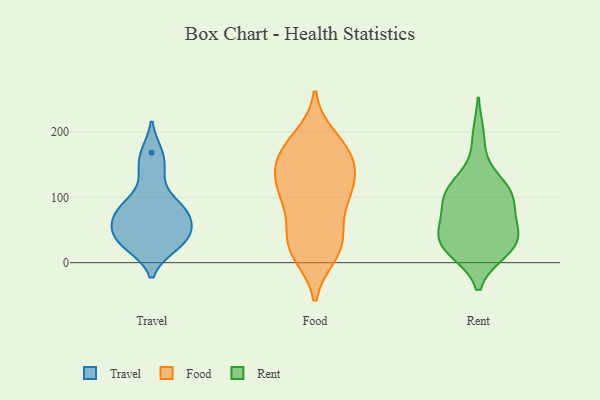
{"axis": {"x": "Active Users", "y": "Value"}, "legend": ["Food", "Rent", "Travel"], "data": [{"x": "", "y": 75, "type": "Travel"}, {"x": "", "y": 42, "type": "Travel"}, {"x": "", "y": 61, "type": "Travel"}, {"x": "", "y": 85, "type": "Travel"}, {"x": "", "y": 50, "type": "Travel"}, {"x": "", "y": 27, "type": "Travel"}, {"x": "", "y": 25, "type": "Travel"}, {"x": "", "y": 138, "type": "Travel"}, {"x": "", "y": 90, "type": "Travel"}, {"x": "", "y": 168, "type": "Travel"}, {"x": "", "y": 107, "type": "Food"}, {"x": "", "y": 89, "type": "Food"}, {"x": "", "y": 13, "type": "Food"}, {"x": "", "y": 114, "type": "Food"}, {"x": "", "y": 179, "type": "Food"}, {"x": "", "y": 57, "type": "Food"}, {"x": "", "y": 37, "type": "Food"}, {"x": "", "y": 164, "type": "Food"}, {"x": "", "y": 173, "type": "Food"}, {"x": "", "y": 92, "type": "Food"}, {"x": "", "y": 119, "type": "Food"}, {"x": "", "y": 136, "type": "Food"}, {"x": "", "y": 24, "type": "Food"}, {"x": "", "y": 191, "type": "Food"}, {"x": "", "y": 170, "type": "Food"}, {"x": "", "y": 138, "type": "Food"}, {"x": "", "y": 141, "type": "Food"}, {"x": "", "y": 16, "type": "Food"}, {"x": "", "y": 27, "type": "Food"}, {"x": "", "y": 93, "type": "Rent"}, {"x": "", "y": 22, "type": "Rent"}, {"x": "", "y": 94, "type": "Rent"}, {"x": "", "y": 26, "type": "Rent"}, {"x": "", "y": 29, "type": "Rent"}, {"x": "", "y": 60, "type": "Rent"}, {"x": "", "y": 32, "type": "Rent"}, {"x": "", "y": 123, "type": "Rent"}, {"x": "", "y": 107, "type": "Rent"}, {"x": "", "y": 54, "type": "Rent"}, {"x": "", "y": 19, "type": "Rent"}, {"x": "", "y": 114, "type": "Rent"}, {"x": "", "y": 192, "type": "Rent"}, {"x": "", "y": 47, "type": "Rent"}, {"x": "", "y": 103, "type": "Rent"}]}